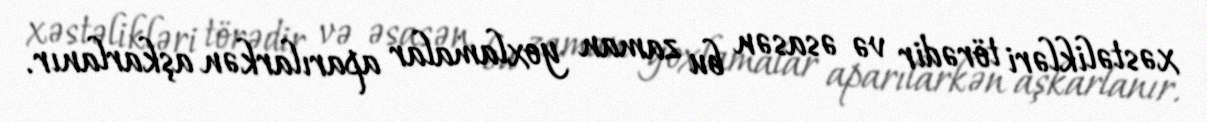
xəstəlikləri törədir və əsasən bu zaman yoxlamalar aparılarkən aşkarlanır.